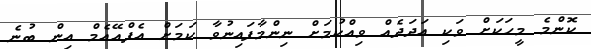
ކޮންމެ މީހަކަށް ވަކި އަދަދެއް ވިއްކުމަށް ނިންމާފައިނުވާ ކަމަށް އެފްއޭއެމް އިން ބުނެ